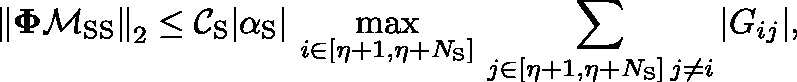
\left\Vert \mathbf { \Phi } \mathbf { \mathcal { M } } _ { \mathrm { S S } } \right\Vert _ { 2 } \leq \mathcal { C } _ { \mathrm { S } } \triangleq | \alpha _ { \mathrm { S } } | \ \underset { i \in [ \eta + 1 , \eta + N _ { \mathrm { S } } ] } { \mathrm { m a x } } \, \sum _ { \substack { j \in [ \eta + 1 , \eta + N _ { \mathrm { S } } ] \, j \neq i } } | G _ { i j } | ,